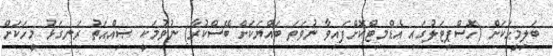
ބަލިމީހަކަށް (ހޮސްޕިޓަލުގައި އެޑްމިޓްކޮށްފައިވާ ނުވަތަ ބައްޔަކަށް ބޭސްކުރާ) ނުވުމަކީ ޞިއްޙަތު ރަނގަޅު މީހަކަށް